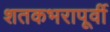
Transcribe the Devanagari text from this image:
शतकभरापूर्वी